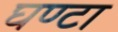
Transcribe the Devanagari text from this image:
घण्‍टा